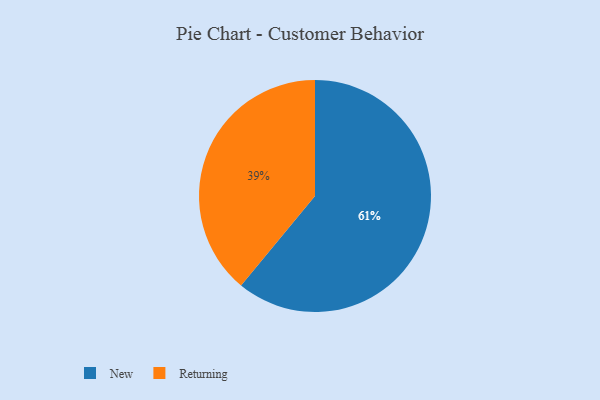
{"axis": {"x": "Category", "y": "Percentage"}, "legend": ["New", "Returning"], "data": [{"x": "Returning", "y": 39, "type": "Returning"}, {"x": "New", "y": 61, "type": "New"}]}